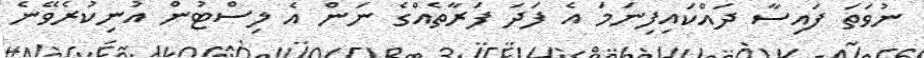
ނުވަތަ ފައިސާ ދައްކައިފިނަމަ އެ ފަދަ ފަރާތެއްގެ ނަން އެ ލިސްޓުން އުނިކުރެވޭނެ